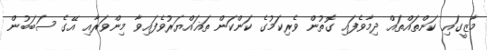
މާޒީގައި ކަންތައްތައް ދިމާވެފައި ގޮތުން ވެރިކަމުގެ ކަންކަން ތަޣައްޔަރުވެފައިވާ މިންވަރާއި އޭގެ ސަބަބުން